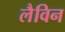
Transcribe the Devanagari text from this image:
लैविन